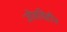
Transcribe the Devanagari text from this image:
जीवविहीन